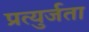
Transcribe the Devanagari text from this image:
प्रत्युर्जता